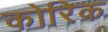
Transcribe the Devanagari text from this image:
कोरिक